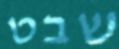
שבט